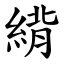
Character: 䋳